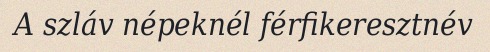
A szláv népeknél férfikeresztnév